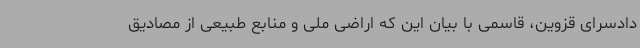
دادسرای قزوین، قاسمی با بیان این که اراضی ملی و منابع طبیعی از مصادیق